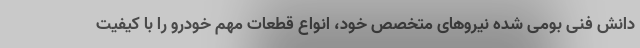
دانش فنی بومی شده نیروهای متخصص خود، انواع قطعات مهم خودرو را با کیفیت